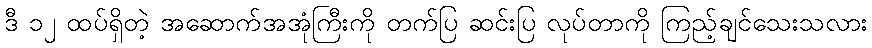
ဒီ ၁၂ ထပ်ရှိတဲ့ အဆောက်အအုံကြီးကို တက်ပြ ဆင်းပြ လုပ်တာကို ကြည့်ချင်သေးသလား